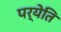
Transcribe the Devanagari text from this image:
पर्येति